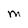
Character: M